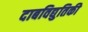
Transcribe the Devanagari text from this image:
दाबविद्युतिकी